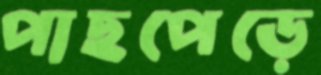
পাছপেড়ে